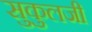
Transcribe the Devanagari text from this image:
सुकुलजी